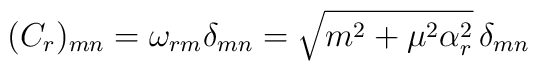
(C_r)_{mn} = \omega_{rm} \delta_{mn} = \sqrt{m^2 + \mu^2\alpha_r^2}\, \delta_{mn}